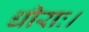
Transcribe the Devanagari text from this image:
धीराः।